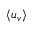
\left< u _ { v } \right>